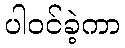
ပါဝင်ခဲ့ကာ